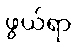
ဖွယ်ရာ